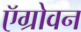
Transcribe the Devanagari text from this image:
ऍग्रोवन